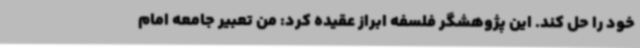
خود را حل کند. این پژوهشگر فلسفه ابراز عقیده کرد: من تعبیر جامعه امام